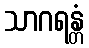
သာဂရန္တံ